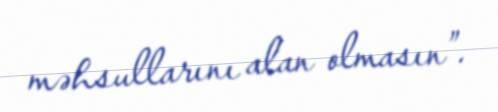
məhsullarını alan olmasın”.